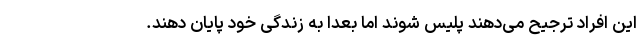
این افراد ترجیح می‌دهند پلیس شوند اما بعدا به زندگی خود پایان دهند.